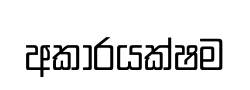
අකාරයක්ෂම